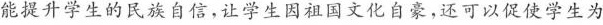
能提升学生的民族自信，让学生因祖国文化自豪，还可以促使学生为